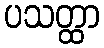
ပသတ္ထာ